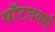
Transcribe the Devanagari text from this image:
थॉटवर्क्स